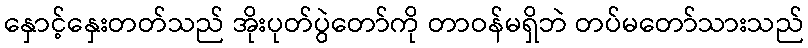
နှောင့်နှေးတတ်သည် အိုးပုတ်ပွဲတော်ကို တာဝန်မရှိဘဲ တပ်မတော်သားသည်